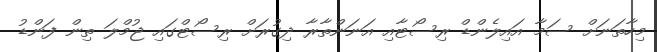
މިހާތަނަށް ސަމާ އައިލެންޑް ރިސޯޓާއި އަނަންތާރާ ދިގުރަށް ރިސޯޓްގައި ޖުމްލަ ތިން ފަންޑު